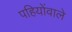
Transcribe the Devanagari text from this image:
पहियोंवाले